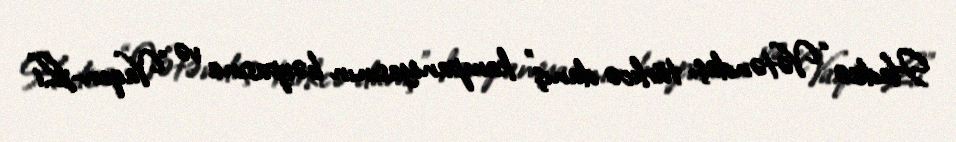
Hadisə “Vətəndaş, türkcə danış” kampaniyasının bərpasına və "Vaqon-Li"